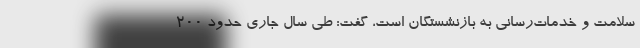
سلامت و خدمات‌رسانی به بازنشستگان است، گفت: طی سال جاری حدود 200